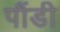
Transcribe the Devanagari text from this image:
पौंडी